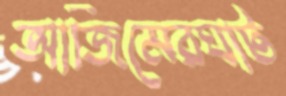
আজিমেরঘাট